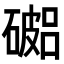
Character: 𥖓